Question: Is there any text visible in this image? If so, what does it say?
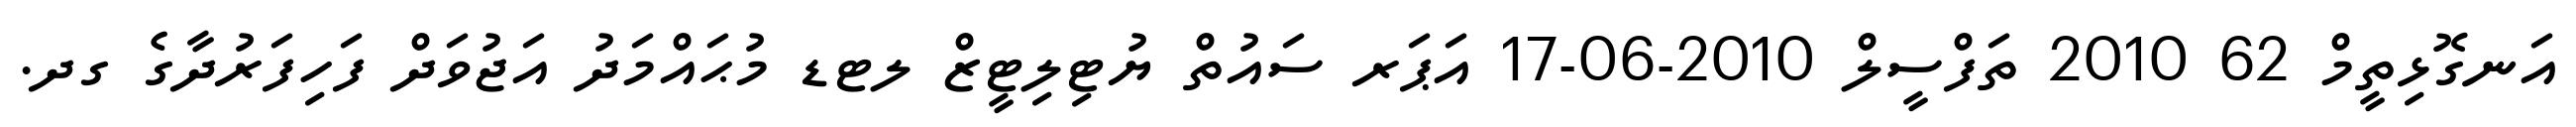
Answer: އަނގޮޅިތީމް 62 2010 ތަފްސީލް 2010-06-17 އަޕަރ ސައުތް ޔުޓިލިޓީޒް ލޓޑ މުޙައްމަދު އަޖުވަދް ފަހިފަރުދާގެ ގދ.